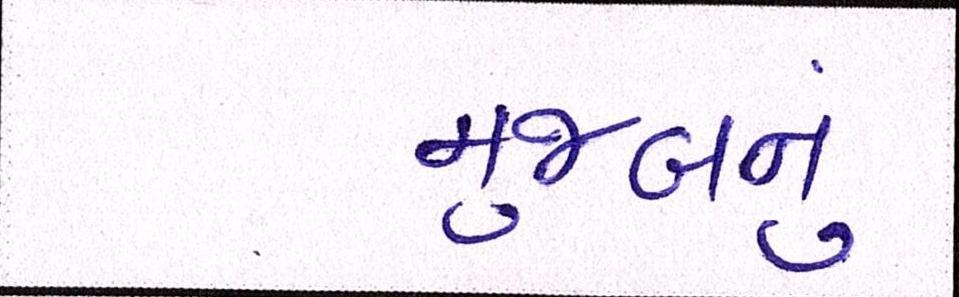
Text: મુજબનું